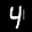
Label: 4